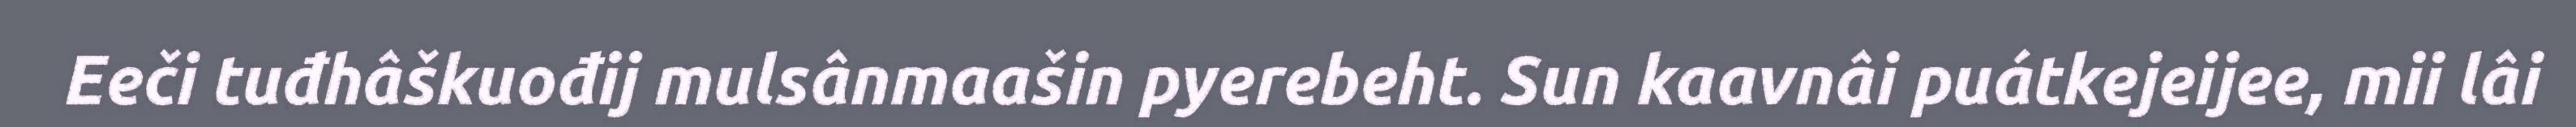
Eeči tuđhâškuođij mulsânmaašin pyerebeht. Sun kaavnâi puátkejeijee, mii lâi